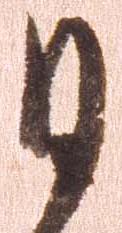
ひ